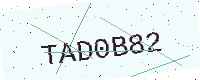
Text: TAD0B82